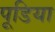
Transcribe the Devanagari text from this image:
पूडिया